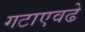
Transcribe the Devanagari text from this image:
गटाएवढे